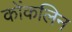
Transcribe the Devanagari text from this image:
कोंकलिन